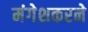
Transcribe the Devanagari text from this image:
मंगेशकरने